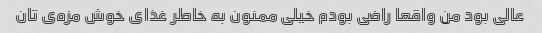
عالی بود من واقعا راضی بودم خیلی ممنون به خاطر غذای خوش مزه‌ی تان